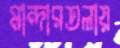
মান্দারতলায়